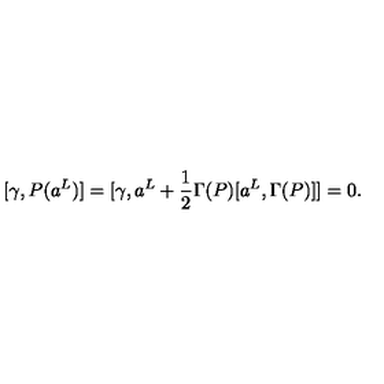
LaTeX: [ \gamma , P ( a ^ { L } ) ] = [ \gamma , a ^ { L } + \frac { 1 } { 2 } \Gamma ( P ) [ a ^ { L } , \Gamma ( P ) ] ] = 0 .